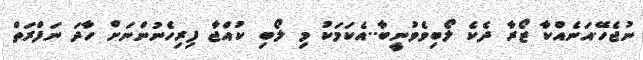
ނުޖެހޭ.އަނެއްކާ ޒޯރާ ދެކެ ލޯބިވެވުނީބާ..އެކަމަކު މި ލޯބި ކުއްޖާ ފިރިހެނުންނަށް ހާދަ ނަފްރަތް